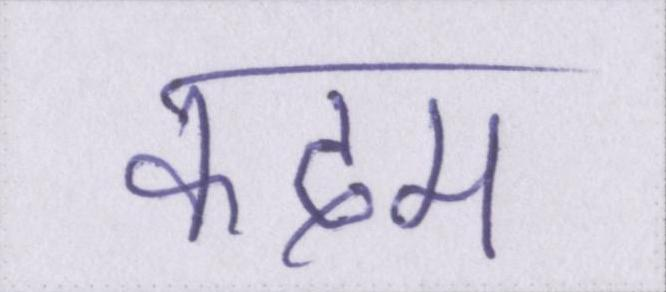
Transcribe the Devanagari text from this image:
कदम